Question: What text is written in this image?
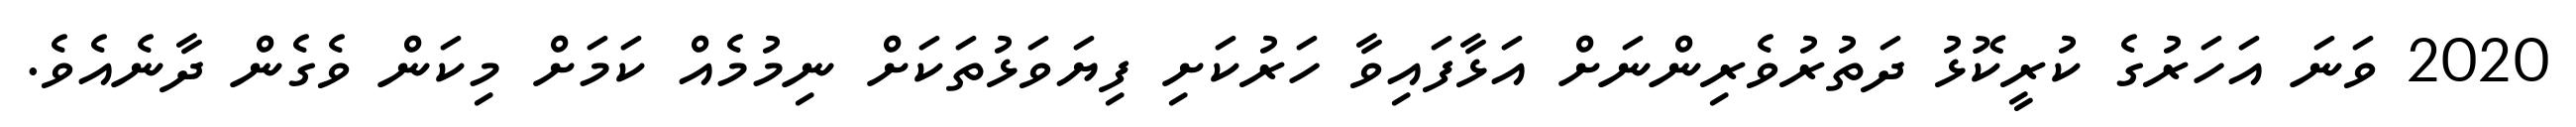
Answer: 2020 ވަނަ އަހަރުގެ ކުރީކޮޅު ދަތުރުވެރިންނަށް އަޅާފައިވާ ހަރުކަށި ފިޔަވަޅުތަކަށް ނިމުމެއް ކަމަށް މިކަން ވެގެން ދާނެއެވެ.